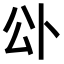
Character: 𭁅